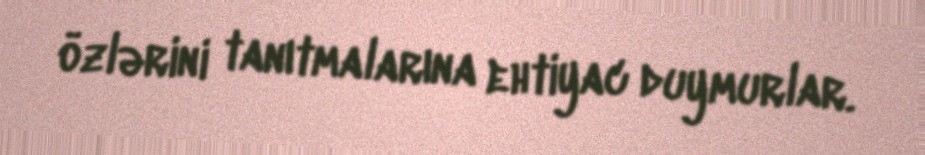
özlərini tanıtmalarına ehtiyac duymurlar.